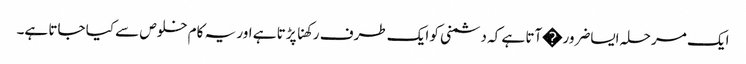
ایک مرحلہ ایساضرور�آتا ہے کہ دشمنی کو ایک طرف رکھنا پڑتا ہے اور یہ کام خلوص سے کیا جاتا ہے۔